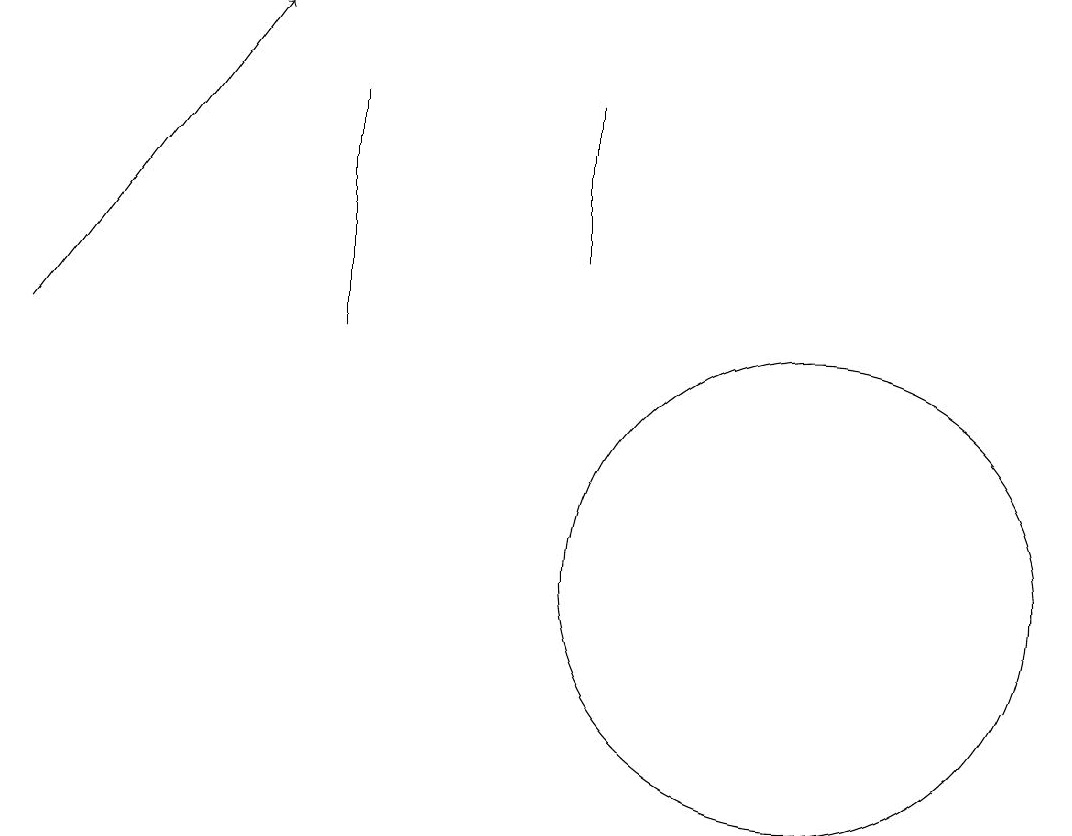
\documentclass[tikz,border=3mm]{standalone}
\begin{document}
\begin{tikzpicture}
\draw[->] (2,13) -- (5,17);
\draw (12,10) circle (3);
\draw (6,13) rectangle (6,16);
\draw (9,16) rectangle (9,14);
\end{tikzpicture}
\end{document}